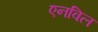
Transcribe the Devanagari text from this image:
एनविल